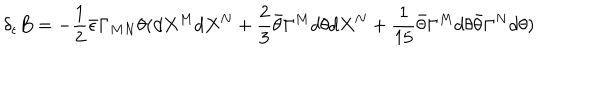
LaTeX: \delta _ { \epsilon } B = - { \frac { 1 } { 2 } } \bar { \epsilon } \Gamma _ { M N } \theta ( d X ^ { M } d X ^ { N } + { \frac { 2 } { 3 } } \bar { \theta } \Gamma ^ { M } d \theta d X ^ { N } + { \frac { 1 } { 1 5 } } \bar { \theta } \Gamma ^ { M } d \theta \bar { \theta } \Gamma ^ { N } d \theta )